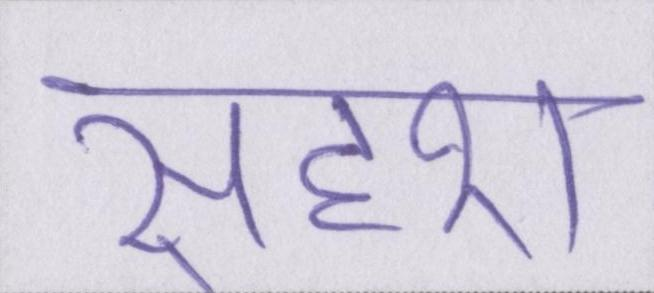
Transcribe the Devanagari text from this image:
सदृश